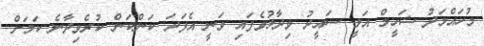
މުހައްމަދު ޝަހީމް އަލީ ސައީދު ވިދާޅުވެފައި ވަނީ އެފަަދަ ކަންކަން ކުރެވިދާނެ ކަމަށް